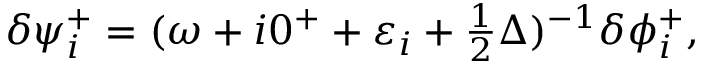
\begin{array} { r } { \delta \psi _ { i } ^ { + } = ( \omega + i 0 ^ { + } + \varepsilon _ { i } + \frac 1 2 \Delta ) ^ { - 1 } \delta \phi _ { i } ^ { + } , } \end{array}